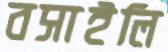
বসাইলি